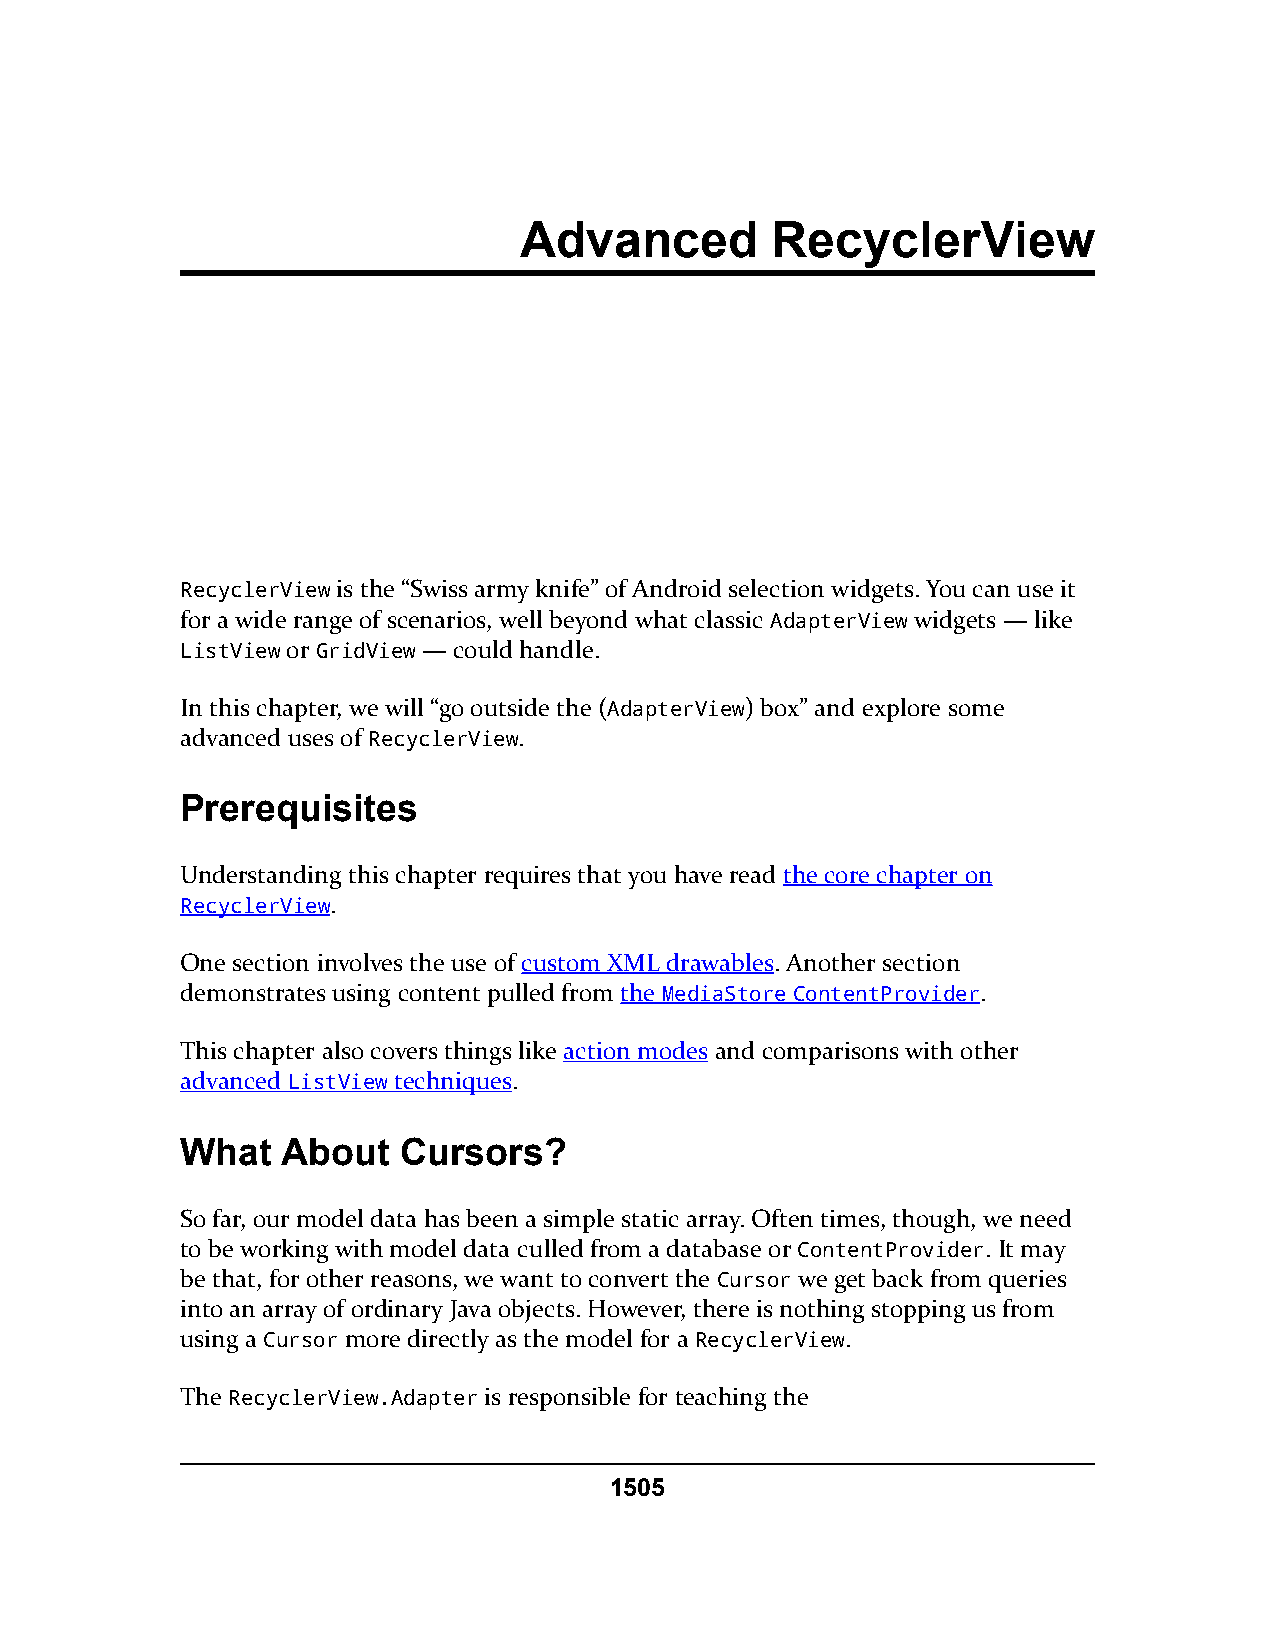
Advanced         RecyclerView
 RecyclerView is the “Swiss army knife” of Android selection widgets. You can use it
 for a wide range of scenarios, well beyond what classic AdapterView widgets — like
 ListView or GridView — could handle.
 In this chapter, we will “go outside the (AdapterView) box” and explore some
 advanced uses of RecyclerView.
 Prerequisites
 Understanding this chapter requires that you have read the core chapter on
 RecyclerView.
 One section involves the use of custom XML drawables. Another section
 demonstrates using content pulled from the MediaStore ContentProvider.
 This chapter also covers things like action modes and comparisons with other
 advanced ListView techniques.
 What   About   Cursors?
 So far, our model data has been a simple static array. Often times, though, we need
 to be working with model data culled from a database or ContentProvider. It may
 be that, for other reasons, we want to convert the Cursor we get back from queries
 into an array of ordinary Java objects. However, there is nothing stopping us from
 using a Cursor more directly as the model for a RecyclerView.
 The RecyclerView.Adapter is responsible for teaching the
 1505